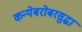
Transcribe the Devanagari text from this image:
कन्येबरोबरसुद्धा